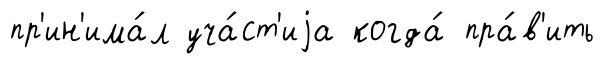
пр'ин'има́л уча́ст'иjа когда́ пра́в'ить